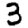
Digit: 3